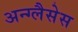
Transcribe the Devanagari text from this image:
अन्ग्लैसेस